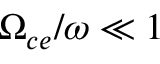
\Omega _ { c e } / \omega \ll 1